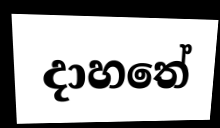
දාහතේ